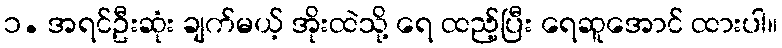
၁. အရင်ဦးဆုံး ချက်မယ့် အိုးထဲသို့ ရေ ထည့်ပြီး ရေဆူအောင် ထားပါ။